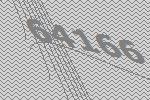
64166